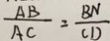
\frac { A B } { A C } = \frac { B N } { C D }